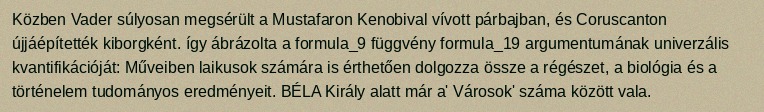
Közben Vader súlyosan megsérült a Mustafaron Kenobival vívott párbajban, és Coruscanton újjáépítették kiborgként. így ábrázolta a formula_9 függvény formula_19 argumentumának univerzális kvantifikációját: Műveiben laikusok számára is érthetően dolgozza össze a régészet, a biológia és a történelem tudományos eredményeit. BÉLA Király alatt már a' Városok' száma között vala.